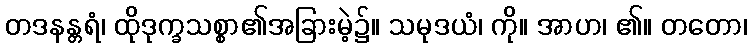
တဒနန္တရံ၊ ထိုဒုက္ခသစ္စာ၏အခြားမဲ့၌။ သမုဒယံ၊ ကို။ အာဟ၊ ၏။ တတော၊